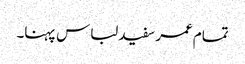
تمام عمر سفید لباس پہنا۔